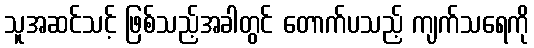
သူအဆင်သင့် ဖြစ်သည့်အခါတွင် တောက်ပသည့် ကျက်သရေကို